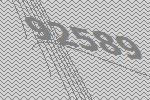
92589